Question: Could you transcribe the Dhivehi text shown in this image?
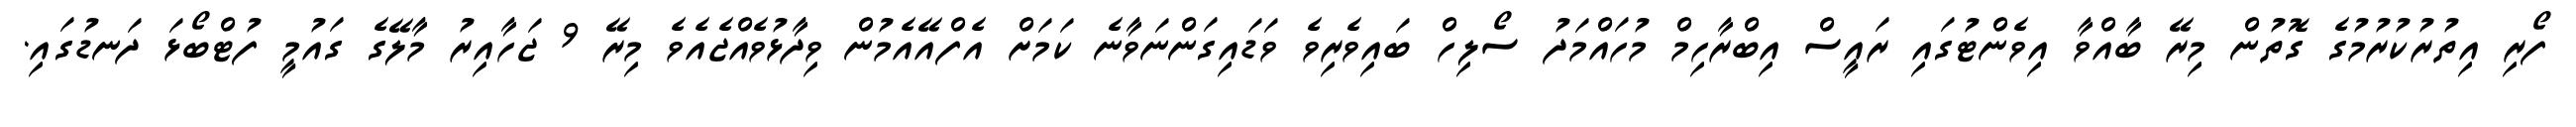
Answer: ފޯރި އިތުރުކުރުމުގެ ގޮތުން މިރޭ ބާއްވާ އިވެންޓުގައި ރައީސް އިބްރާހިމް މުހައްމަދު ސޯލިހް ބައިވެރިވެ ވަޑައިގަންނަވާނެ ކަމަށް އެފްއޭއެމުން ވިދާޅުވެއްޖެއެވެ މިރޭ 9 ޖަހާއިރު މާލޭގެ ގައުމީ ފުޓްބޯޅަ ދަނޑުގައި.